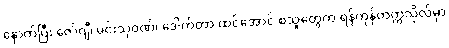
နောက်ပြီး ဇော်ဂျီ၊ မင်းသုဝဏ်၊ ဒေါက်တာ ထင်အောင် စသူတွေက ရန်ကုန်တက္ကသိုလ်မှာ